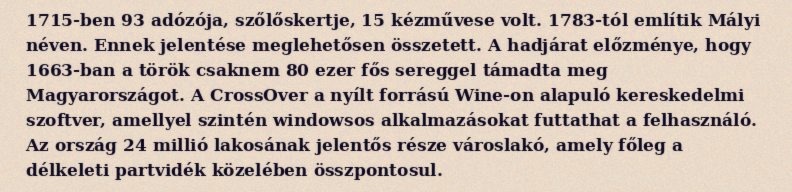
1715-ben 93 adózója, szőlőskertje, 15 kézművese volt. 1783-tól említik Mályi néven. Ennek jelentése meglehetősen összetett. A hadjárat előzménye, hogy 1663-ban a török csaknem 80 ezer fős sereggel támadta meg Magyarországot. A CrossOver a nyílt forrású Wine-on alapuló kereskedelmi szoftver, amellyel szintén windowsos alkalmazásokat futtathat a felhasználó. Az ország 24 millió lakosának jelentős része városlakó, amely főleg a délkeleti partvidék közelében összpontosul.